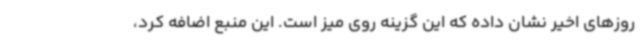
روزهای اخیر نشان داده که این گزینه روی میز است. این منبع اضافه کرد،